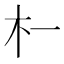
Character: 𬂜